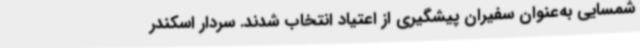
شمسایی به‌عنوان سفیران پیشگیری از اعتیاد انتخاب شدند. سردار اسکندر